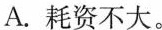
A.耗资不大。